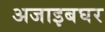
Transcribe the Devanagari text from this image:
अजाइबघर